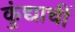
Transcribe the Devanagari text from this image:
कुंद्याचीं